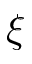
\xi